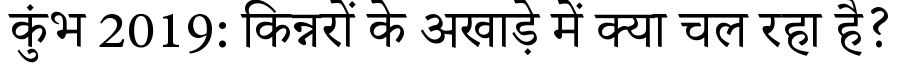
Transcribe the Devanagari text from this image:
कुंभ 2019: किन्नरों के अखाड़े में क्या चल रहा है?